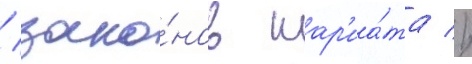
/ зако́нов шар'иа́та //